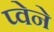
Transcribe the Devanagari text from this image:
प्वेने